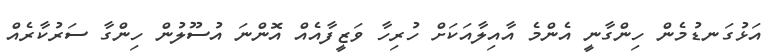
އަޅުގަނޑުމެން ހިންގާނީ އެންމެ އާއިލާއަކަށް ހުރިހާ ވަޒީފާއެއް އޮންނަ އުސޫލުން ހިންގާ ސަރުކާރެއް